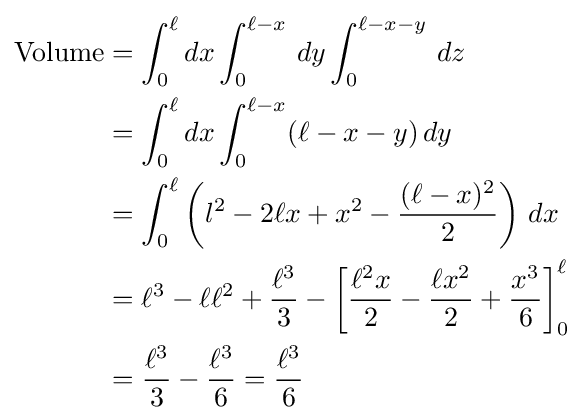
{\begin{aligned}{\text{Volume}}&=\int _{0}^{\ell }dx\int _{0}^{\ell -x}\,dy\int _{0}^{\ell -x-y}\,dz\\&=\int _{0}^{\ell }dx\int _{0}^{\ell -x}(\ell -x-y)\,dy\\&=\int _{0}^{\ell }\left(l^{2}-2\ell x+x^{2}-{\frac {(\ell -x)^{2}}{2}}\right)\,dx\\&=\ell ^{3}-\ell \ell ^{2}+{\frac {\ell ^{3}}{3}}-\left[{\frac {\ell ^{2}x}{2}}-{\frac {\ell x^{2}}{2}}+{\frac {x^{3}}{6}}\right]_{0}^{\ell }\\&={\frac {\ell ^{3}}{3}}-{\frac {\ell ^{3}}{6}}={\frac {\ell ^{3}}{6}}\end{aligned}}